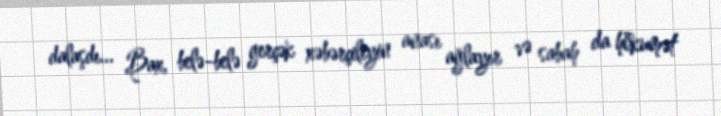
dalaşdı... Bax, belə-belə gerçək xəbərçiliyin anası ağlayır və sabah da hökumət